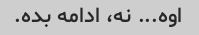
اوه... نه، ادامه بده.